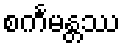
စင်္ကမန္တဿ